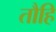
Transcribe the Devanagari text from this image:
तौहि